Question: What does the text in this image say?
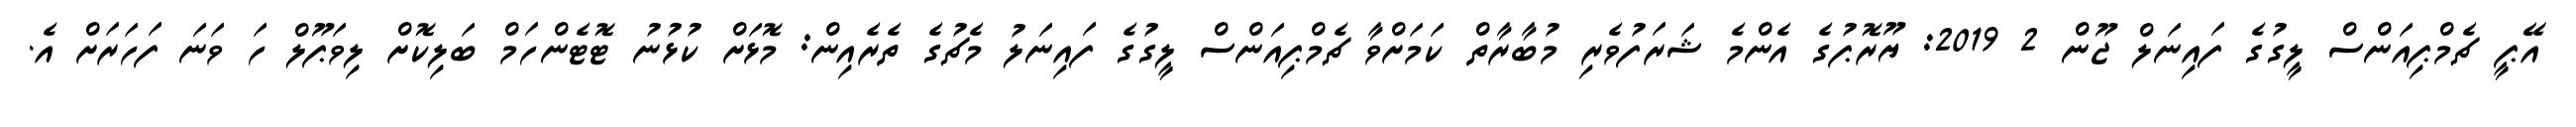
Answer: އޭޕީ ޗެމްޕިއަންސް ލީގުގެ ފައިނަލް ޖޫން 2 2019: ޔޫރޮޕުގެ އެންމެ ޝަރަފުވެރި މުބާރާތް ކަމަށްވާ ޗެމްޕިއަންސް ލީގުގެ ފައިނަލު މެޗުގެ ތެރެއިން: މޮޅަށް ކުޅުނު ޓޮޓެންހަމް ބަލިކޮށް ލިވަޕޫލް ހަ ވަނަ ފަހަރަށް އެ.